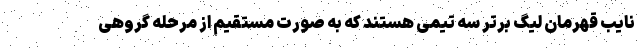
نایب قهرمان لیگ برتر سه تیمی هستند که به صورت مستقیم از مرحله گروهی